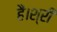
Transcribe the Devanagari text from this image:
हैं।श्री